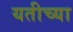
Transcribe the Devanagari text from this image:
यतीच्या